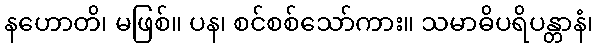
နဟောတိ၊ မဖြစ်။ ပန၊ စင်စစ်သော်ကား။ သမာဓိပရိပန္တာနံ၊